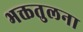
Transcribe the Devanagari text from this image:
भक्ततुलना